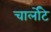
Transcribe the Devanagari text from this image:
चार्लोटे